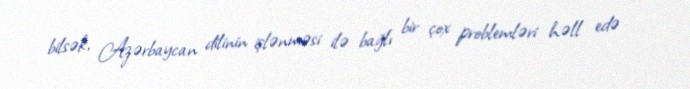
bilsək, Azərbaycan dilinin işlənməsi ilə bağlı bir çox problemləri həll edə